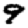
Digit: 9